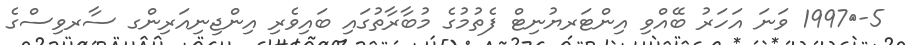
5-	1997 ވަނަ އަހަރު ބޭއްވި އިންޓަރޔުނިޓް ފެތުމުގެ މުބާރާތުގައި ބައިވެރި އިންޖިނިއަރިންގ ސާރވިސްގެ